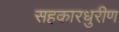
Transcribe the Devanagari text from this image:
सहकारधुरीण